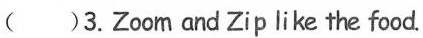
( )3. Zoom and Zip like the food .